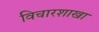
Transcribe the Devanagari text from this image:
विचारशाखा